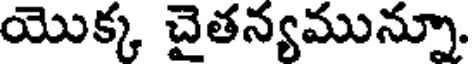
యొక్క చైతన్యమున్నూ.